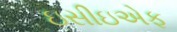
ઇસીઇએફ